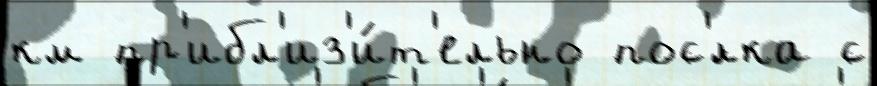
км пр'ибл'из'и́т'ельно пос'́лка с